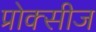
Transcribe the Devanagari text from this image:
प्रोक्सीज